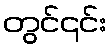
တွင်၎င်း